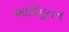
આદિનૂતન